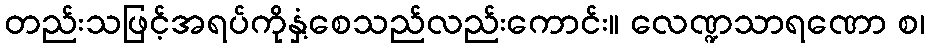
တည်းသဖြင့်အရပ်ကိုနှံ့စေသည်လည်းကောင်း။ လေဏ္ဍသာရဏော စ၊